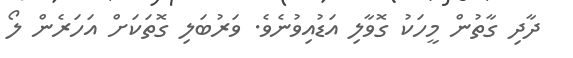
ދާދި ގާތުން މީހަކު ގޮވާލި އަޑުއިވުނެވެ. ވަރުބަލި ގޮތަކަށް އަހަރެން ލޯ